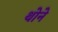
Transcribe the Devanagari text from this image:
थोने